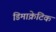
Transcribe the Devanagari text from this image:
डिमाक्रेटिक